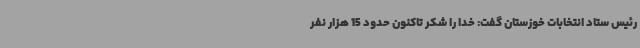
رئیس ستاد انتخابات خوزستان گفت: خدا را شکر تاکنون حدود 15 هزار نفر